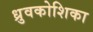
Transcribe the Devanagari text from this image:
ध्रुवकोशिका